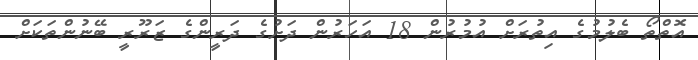
އޮތްތޯ ބެލުމުގެ އިތުރަށް އުމުރުން 18 އަހަރުން ދަށުގެ ދަރީންގެ ޒަރޫރީ ބޭނުންތަކަށް